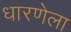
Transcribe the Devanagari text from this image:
धारणेला